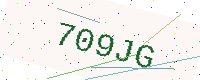
Text: 709JG